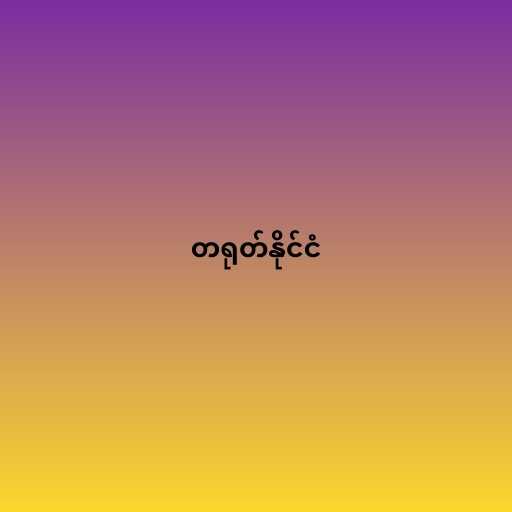
တရုတ်နိုင်ငံ